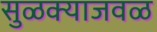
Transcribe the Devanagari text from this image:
सुळक्याजवळ